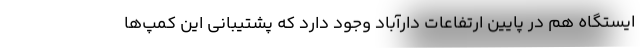
ایستگاه هم در پایین ارتفاعات دارآباد وجود دارد که پشتیبانی این کمپ‌ها